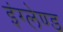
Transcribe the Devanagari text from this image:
इंग्लेण्ड